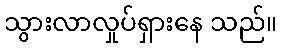
သွားလာလှုပ်ရှားနေ သည်။